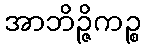
အာဘိဉ္ဇိကဉ္စ